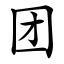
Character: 团